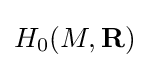
H_{0}(M,\mathbf {R} )